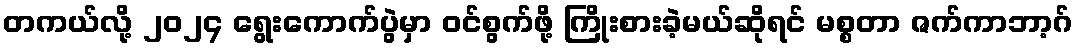
တကယ်လို့ ၂၀၂၄ ရွေးကောက်ပွဲမှာ ဝင်စွက်ဖို့ ကြိုးစားခဲ့မယ်ဆိုရင် မစ္စတာ ဇက်ကာဘာ့ဂ်